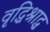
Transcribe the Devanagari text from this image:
वृद्धिश्राद्ध